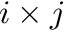
i \times j